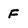
Character: F